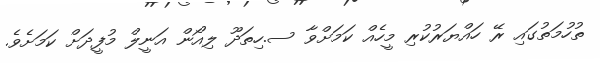
ތުހުމަތުގައި ރޭ ހައްޔަރުކުރި މީހެއް ކަމަށްވާ ސ.ހިތަދޫ ލިއޯން އަނީލް މުފީދަށް ކަމަށެވެ.